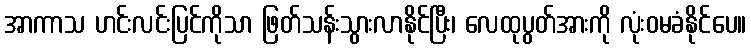
အာကာသ ဟင်းလင်းပြင်ကိုသာ ဖြတ်သန်းသွားလာနိုင်ပြီး၊ လေထုပွတ်အားကို လုံးဝမခံနိုင်ပေ။